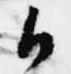
候